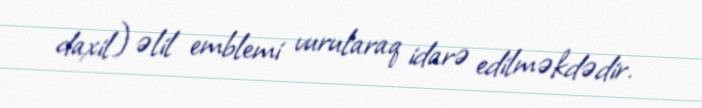
daxil) əlil emblemi vurularaq idarə edilməkdədir.